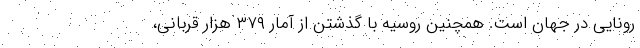
رونایی در جهان است. همچنین روسیه با گذشتن از آمار ۳۷۹ هزار قربانی،